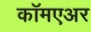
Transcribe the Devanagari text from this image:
कॉमएअर